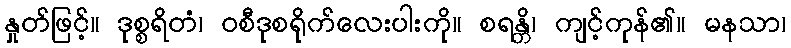
နှုတ်ဖြင့်။ ဒုစ္စရိတံ၊ ဝစီဒုစရိုက်လေးပါးကို။ စရန္တိ၊ ကျင့်ကုန်၏။ မနသာ၊